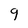
Character: 9